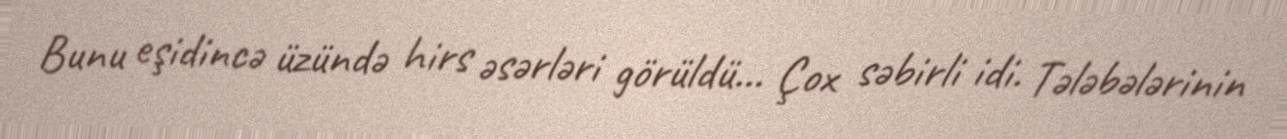
Bunu eşidincə üzündə hirs əsərləri görüldü... Çox səbirli idi. Tələbələrinin